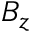
B _ { z }